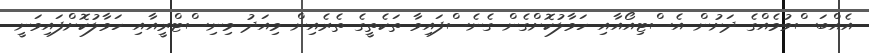
އެއްބަސްވުމެއްގެ ދަށުން އެސްޓިއޯއާއި ހަވާލުކޮށްގެން ގެނެސްފައިވާ ތަކެތީގެ ތެރެއިން މިއަދު މިނިސްޓްރީއާއި ހަވާލުކޮށްފައިވަނީ